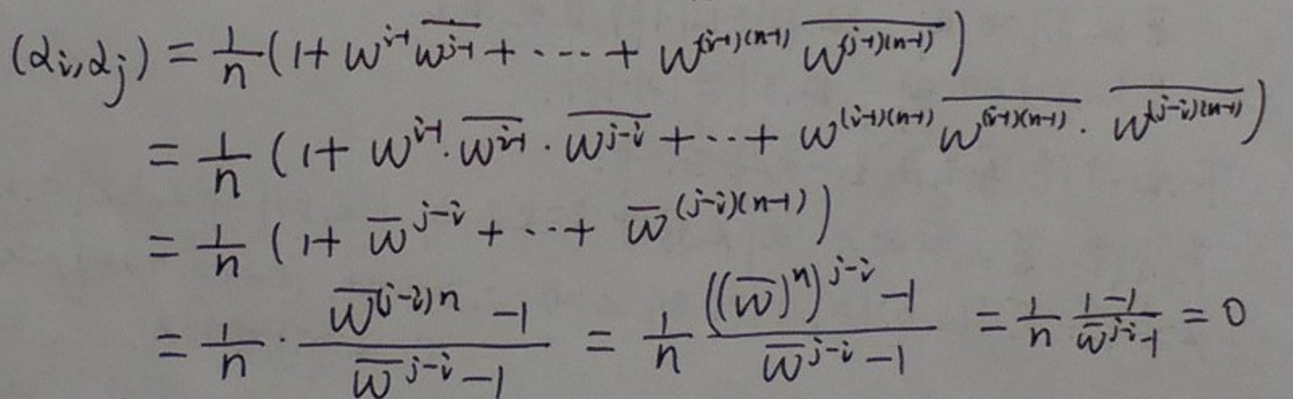
\[
\begin{align*}
(d_i, d_j) &= \frac{1}{n}(1 + w^{i - 1}\overline{w^{j - 1}}+\cdots + w^{(i - 1)(n - 1)}\overline{w^{(j - 1)(n - 1)}})\\
&=\frac{1}{n}(1 + w^{i - 1}\cdot\overline{w^{j - 1}}\cdot\overline{w^{j - i}}+\cdots + w^{(i - 1)(n - 1)}\overline{w^{(j - 1)(n - 1)}}\cdot\overline{w^{(j - i)(n - 1)}})\\
&=\frac{1}{n}(1+\overline{w}^{j - i}+\cdots+\overline{w}^{(j - i)(n - 1)})\\
&=\frac{1}{n}\cdot\frac{\overline{w}^{(j - i)n}-1}{\overline{w}^{j - i}-1}=\frac{1}{n}\frac{((\overline{w})^{n})^{j - i}-1}{\overline{w}^{j - i}-1}=\frac{1}{n}\frac{1 - 1}{\overline{w}^{j - i}-1}=0
\end{align*}
\]